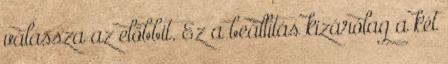
válassza az előbbit. Ez a beállítás kizárólag a két